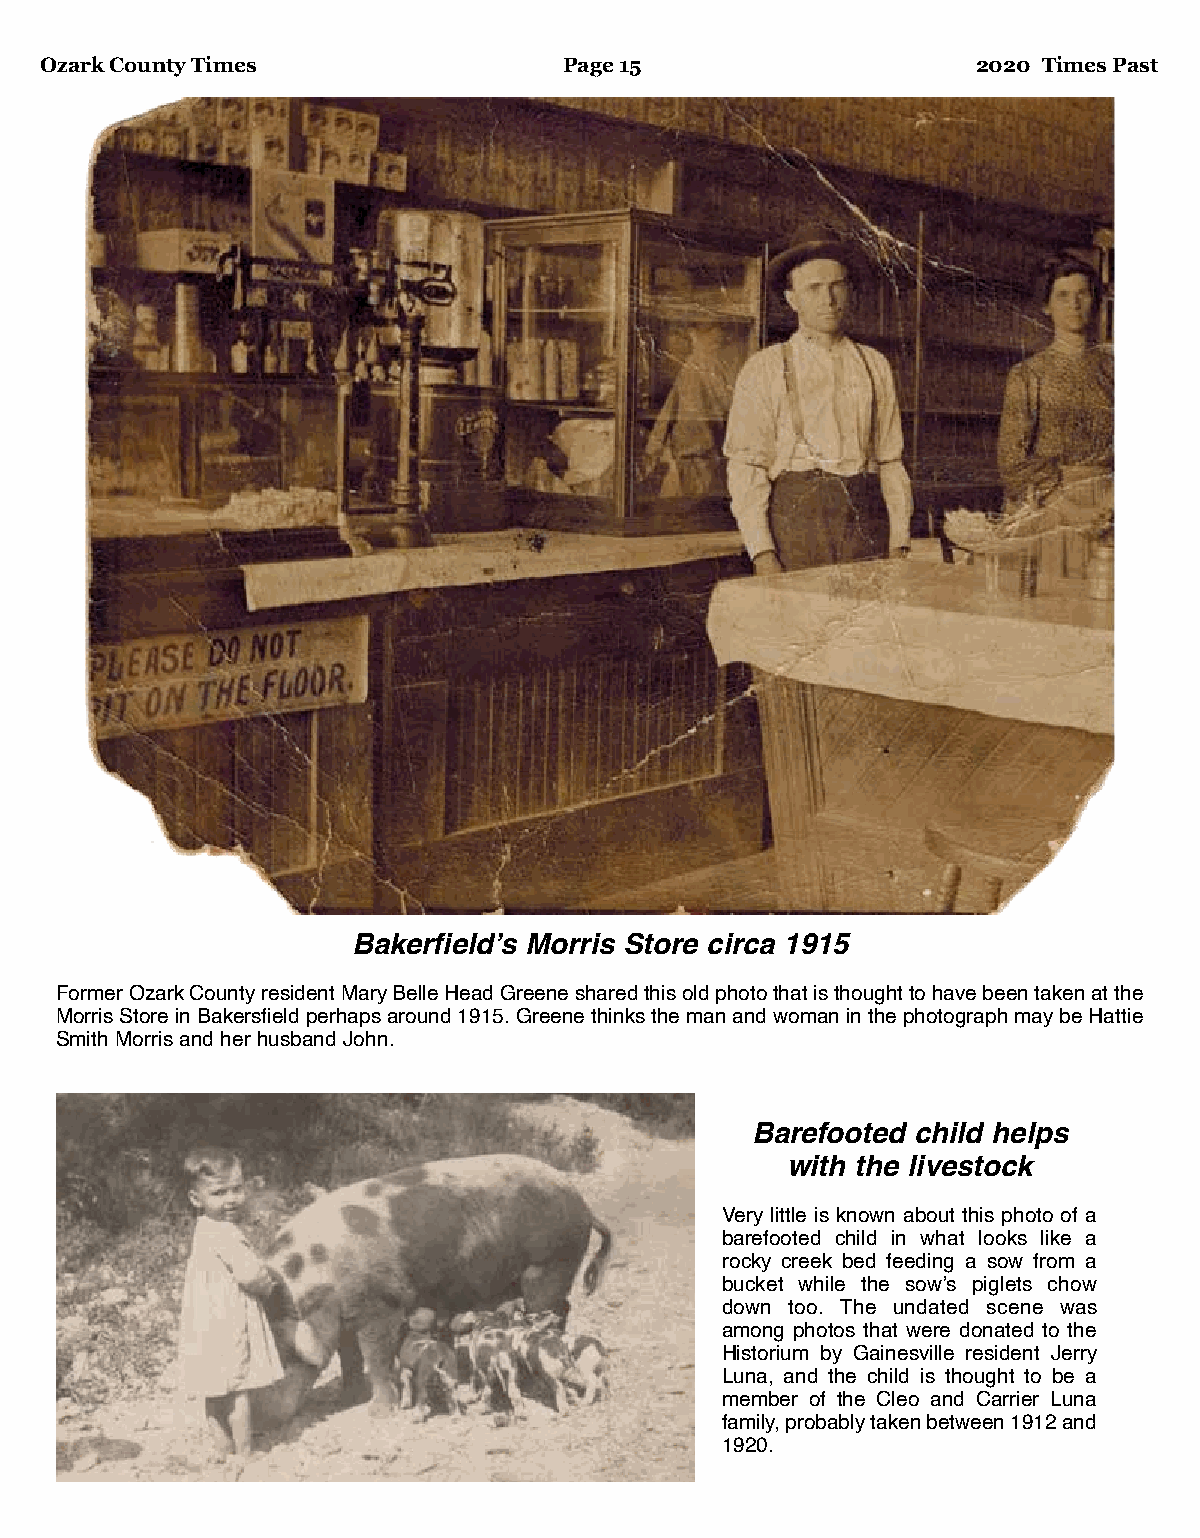
Ozark County Times                Page 15                     2020 Times Past
 Bakerfield’s Morris Store circa 1915
 Former Ozark County resident Mary Belle Head Greene shared this old photo that is thought to have been taken at the
 Morris Store in Bakersfield perhaps around 1915. Greene thinks the man and woman in the photograph may be Hattie
 Smith Morris and her husband John.
 Barefooted child helps
 with the livestock
 Very little is known about this photo of a
 barefooted child in what looks like a
 rocky creek bed feeding a sow from a
 bucket while the sow’s piglets chow
 down too. The undated scene was
 among photos that were donated to the
 Historium by Gainesville resident Jerry
 Luna, and the child is thought to be a
 member of the Cleo and Carrier Luna
 family, probably taken between 1912 and
 1920.